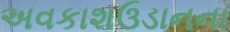
અવકાશઉડાનના